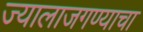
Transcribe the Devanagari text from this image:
ज्यालाजगण्याचा